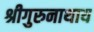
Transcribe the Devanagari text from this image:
श्रीगुरुनाथाय